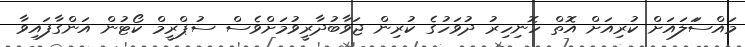
މައްސަަލައަށް ކުރިއަށް އޮތް ހޮނިހިރު ދުވަހުގެ ކުރިން ޖަވާބުދާރީވުމަށްވެސް ސުޕްރީމް ކޯޓުން އަންގާފައިވާ